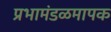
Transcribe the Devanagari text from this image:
प्रभामंडळमापक